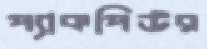
প্যাকপিউর